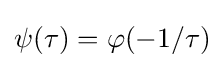
\psi (\tau )=\varphi (-1/\tau )